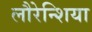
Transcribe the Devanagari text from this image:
लौरेन्शिया